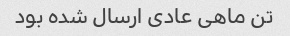
تن ماهی عادی ارسال شده بود